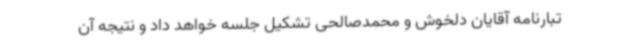
تبارنامه آقایان دلخوش و محمدصالحی تشکیل جلسه خواهد داد و نتیجه آن